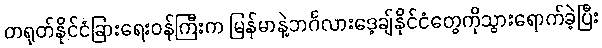
တရုတ်နိုင်ငံခြားရေးဝန်ကြီးက မြန်မာနဲ့ဘင်္ဂလားဒေ့ချ်နိုင်ငံတွေကိုသွားရောက်ခဲ့ပြီး